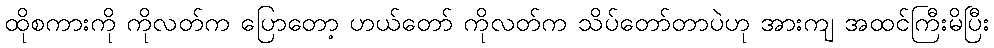
ထိုစကားကို ကိုလတ်က ပြောတော့ ဟယ်တော် ကိုလတ်က သိပ်တော်တာပဲဟု အားကျ အထင်ကြီးမိပြီး